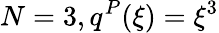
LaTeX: N=3,q^{P}(\xi)=\xi^{3}